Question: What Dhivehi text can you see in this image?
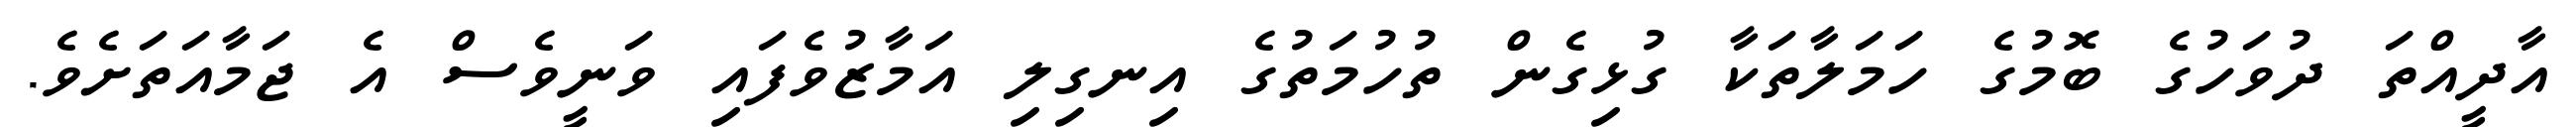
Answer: އާދީއްތަ ދުވަހުގެ ބޮމުގެ ހަމަލާތަކާ ގުޅިގެން ތުހުމަތުގެ އިނގިލި އަމާޒުވެފައި ވަނީވެސް އެ ޖަމާއަތަށެވެ.